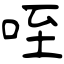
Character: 咥